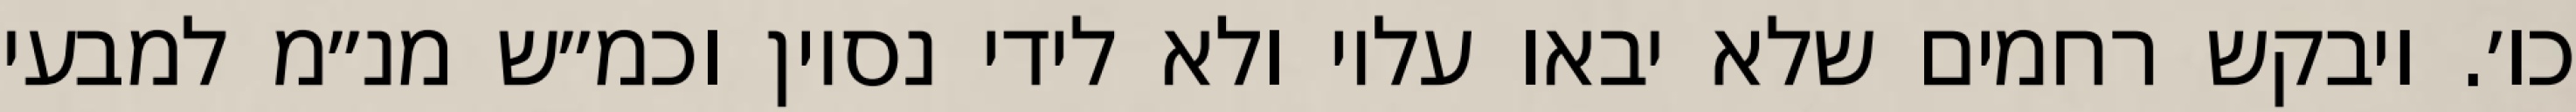
כו׳. ויבקש רחמים שלא יבאו עליו ולא לידי נסיון וכמ״ש מנ״מ למבעי